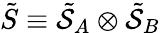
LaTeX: \tilde{S}\equiv\tilde{\mathcal{S}}_{A}\otimes\tilde{\mathcal{S}}_{B}